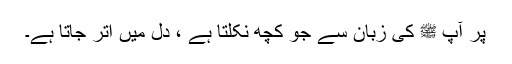
پر آپ ﷺ کی زبان سے جو کچھ نکلتا ہے ، دل میں اتر جاتا ہے۔